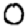
Digit: 0